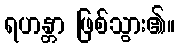
ရဟန္တာ ဖြစ်သွား၏။